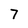
Character: 7